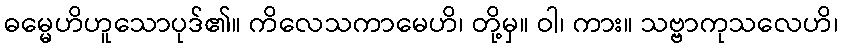
ဓမ္မေဟိဟူသောပုဒ်၏။ ကိလေသကာမေဟိ၊ တို့မှ။ ဝါ၊ ကား။ သဗ္ဗာကုသလေဟိ၊